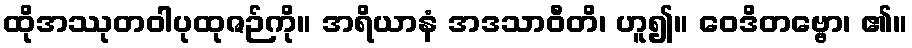
ထိုအဿုတဝါပုထုဇဉ်ကို။ အရိယာနံ အဒသာဝီတိ၊ ဟူ၍။ ဝေဒိတဗ္ဗော၊ ၏။